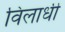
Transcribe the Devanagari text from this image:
विलाधी